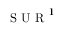
{ \mathrm { ~ S ~ U ~ R ~ } ^ { 1 } }